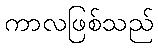
ကာလဖြစ်သည်